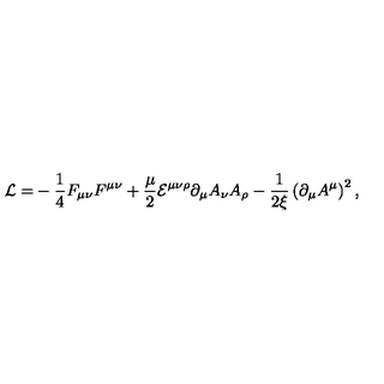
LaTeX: { \cal L = } - \frac 1 4 F _ { \mu \nu } F ^ { \mu \nu } + \frac \mu 2 { \cal E } ^ { \mu \nu \rho } \partial _ { \mu } A _ { \nu } A _ { \rho } - \frac 1 { 2 \xi } \left( \partial _ { \mu } A ^ { \mu } \right) ^ { 2 } ,